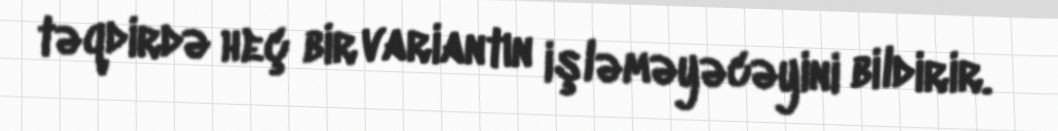
təqdirdə heç bir variantın işləməyəcəyini bildirir.